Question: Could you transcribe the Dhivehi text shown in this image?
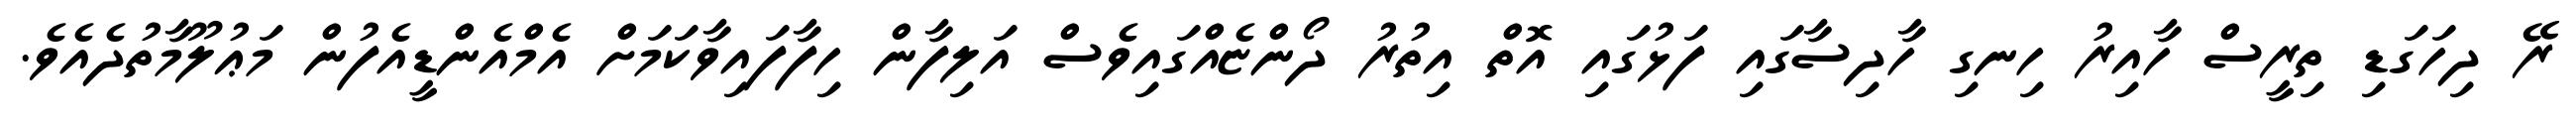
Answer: ރޭ ދިހަގަޑި ތިރީސް ހާއިރު ހިނގި ހާދިސާގައި ފަޅުގައި އޮތް އިތުރު ދޯންޏެއްގައިވެސް އަލިފާން ހިފާފައިވާކަމަށް އެމްއެންޑީއެފުން މަޢުލޫމާތުދެއެވެ.